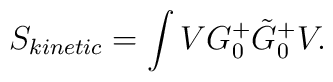
S_{kinetic}=\int V G^+_0 \tilde G^+_0 V.